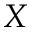
X